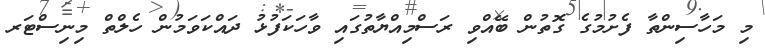
މި މަހާސިންތާ ފެށުމުގެ ގޮތުން ބޭއްވި ރަސްމިއްޔާތުގައި ވާހަކަފުޅު ދައްކަވަމުން ހެލްތް މިނިސްޓަރ